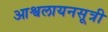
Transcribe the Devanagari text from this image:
आश्वलायनसूत्री